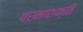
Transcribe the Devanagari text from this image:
परमाशक्ति